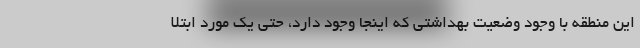
این منطقه با وجود وضعیت بهداشتی که اینجا وجود دارد، حتی یک مورد ابتلا